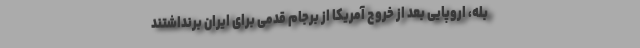
بله، اروپایی بعد از خروج آمریکا از برجام قدمی برای ایران برنداشتند